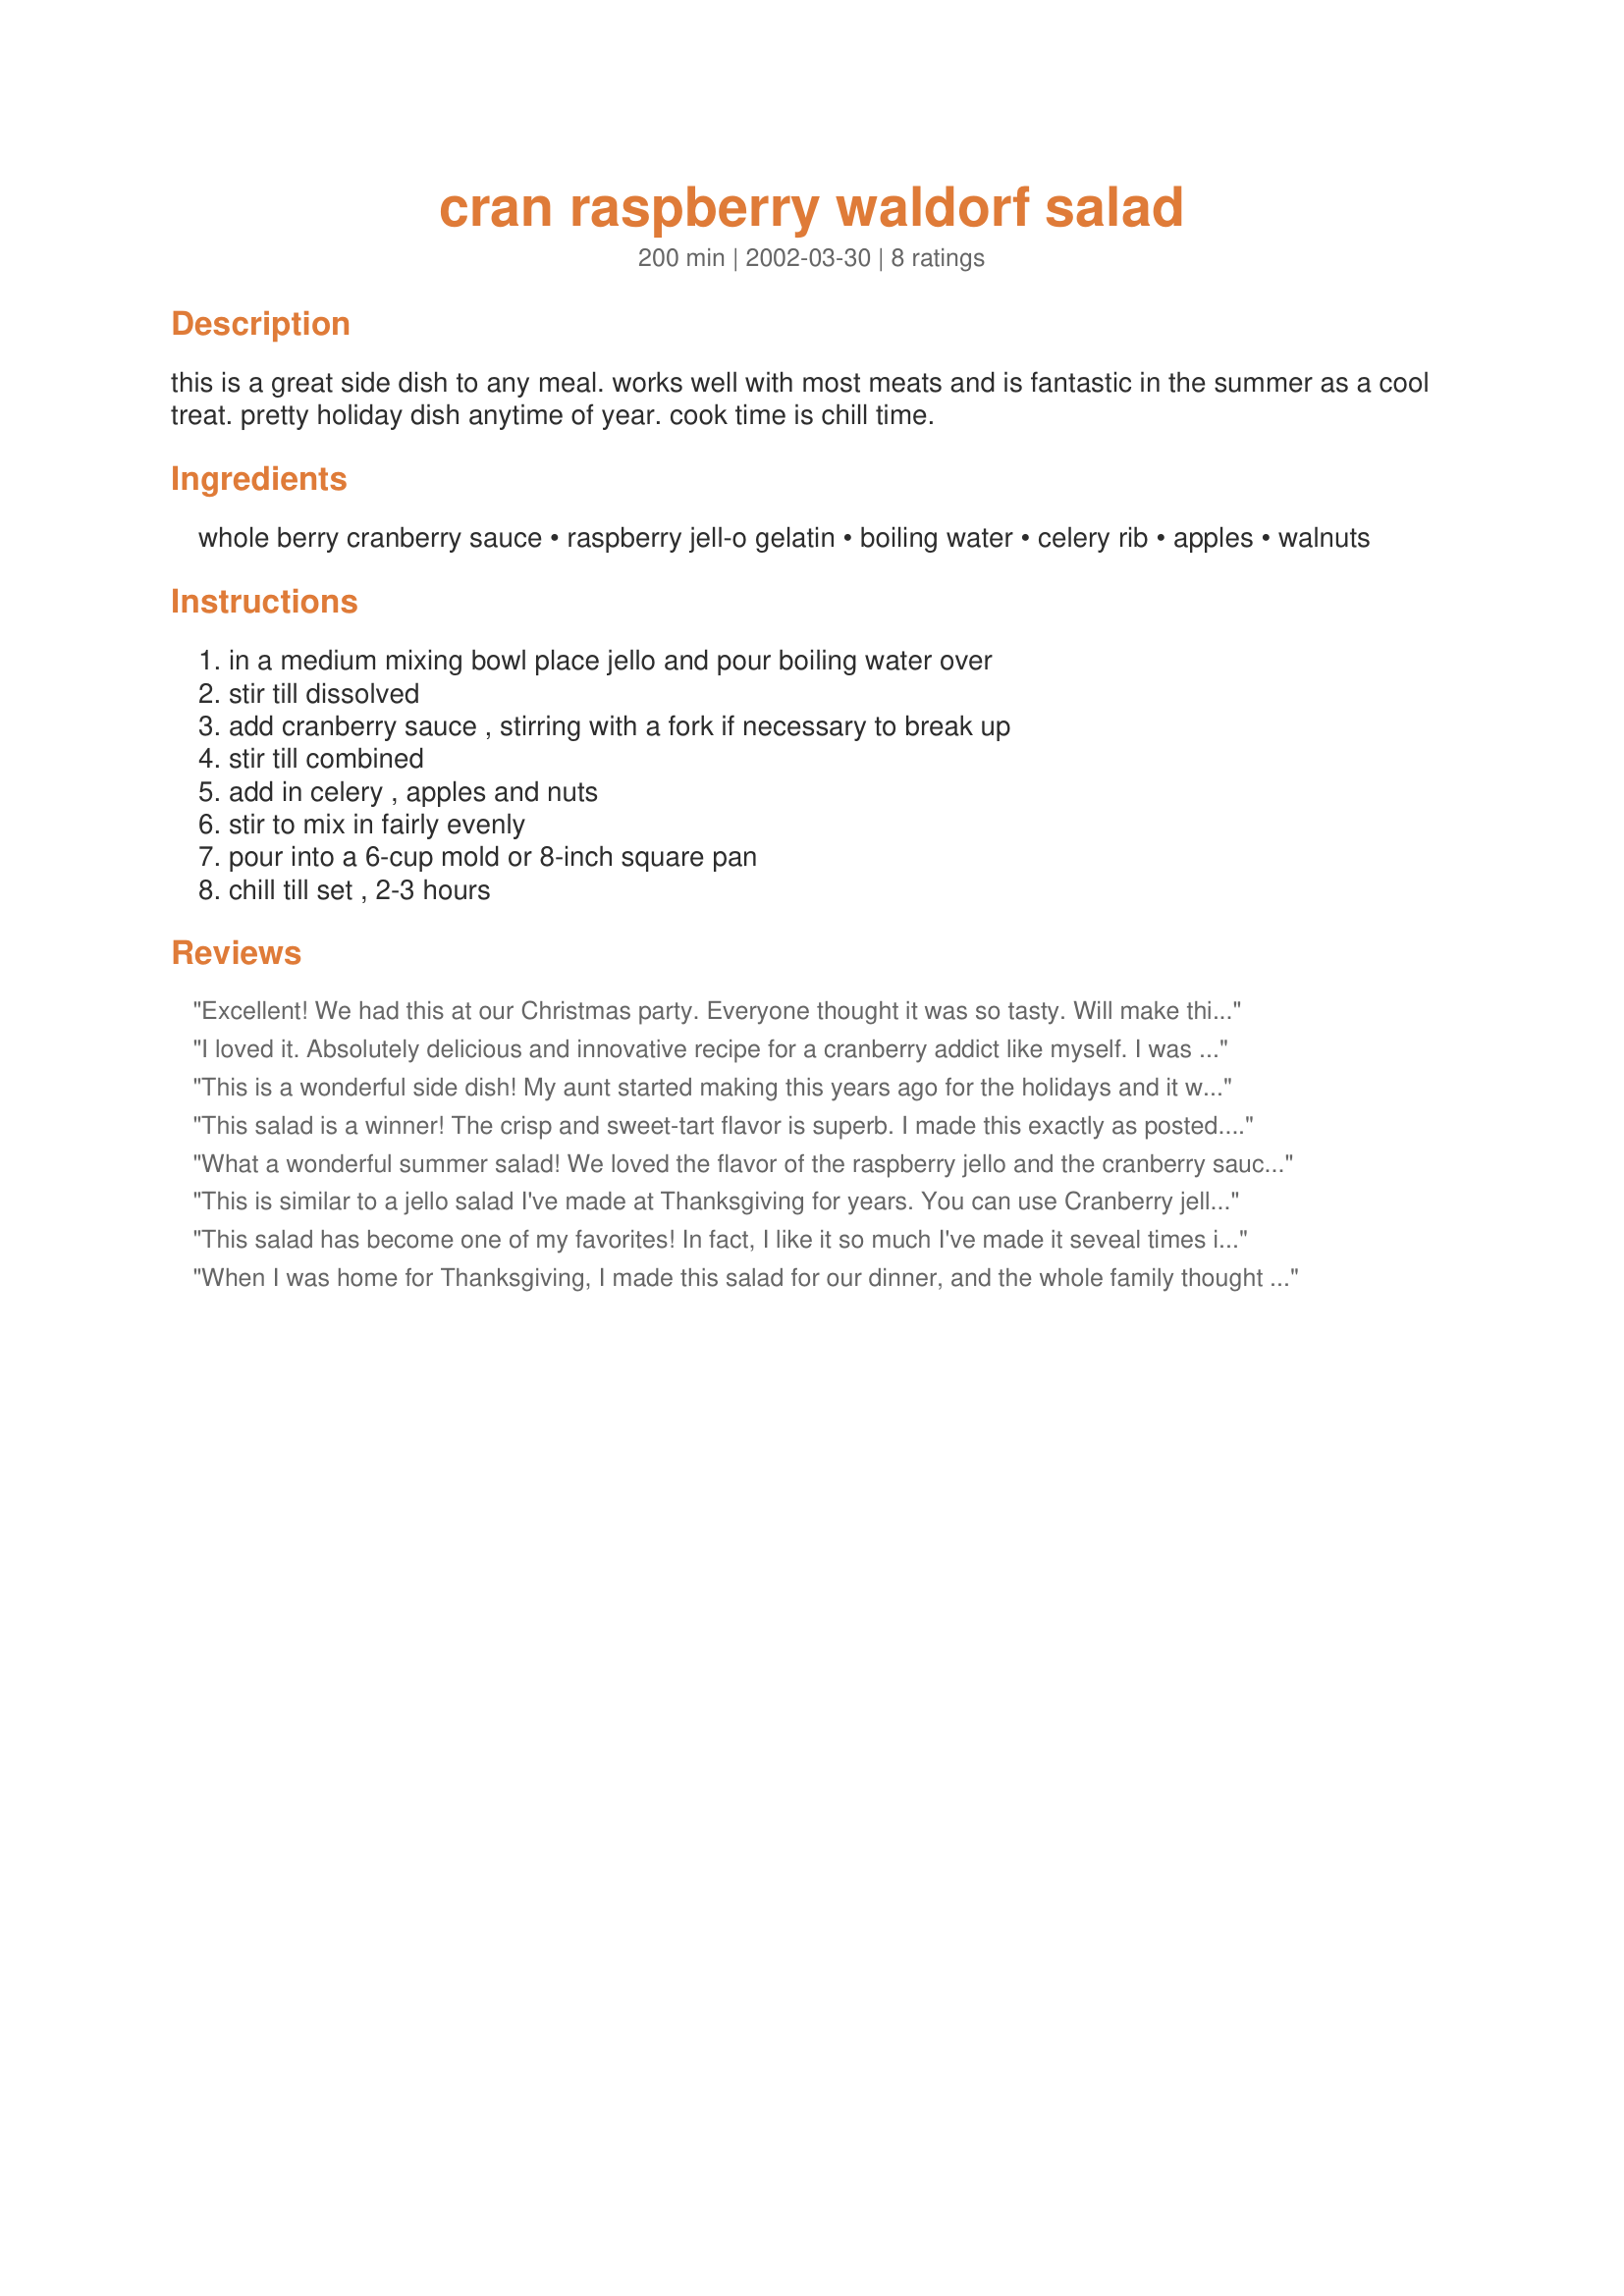
cran raspberry waldorf salad
Preparation time: 200 minutes

this is a great side dish to any meal. works well with most meats and is fantastic in the summer as a cool treat. pretty holiday dish anytime of year. cook time is chill time.

Ingredients:
whole berry cranberry sauce, raspberry jell-o gelatin, boiling water, celery rib, apples, walnuts

Steps:
in a medium mixing bowl place jello and pour boiling water over, stir till dissolved, add cranberry sauce , stirring with a fork if necessary to break up, stir till combined, add in celery , apples and nuts, stir to mix in fairly evenly, pour into a 6-cup mold or 8-inch square pan, chill till set , 2-3 hours

Reviews:
Excellent! We had this at our Christmas party. Everyone thought it was so tasty. Will make this again and again. Thanks for posting.
I loved it. Absolutely delicious and innovative recipe for a cranberry addict like myself. I was hesitant about the celery because I typically don't eat raw celery but the crunch factor is a nice texture. I used sour Granny Smiths for the apple which if I do say so myself was a good choice. The walnuts are essential to this recipe and unless you have a nut allergy you are missing out if you omit them. I can't remember enjoying cranberries this much in years. Great recipe, Ms. Bloomers.
This is a wonderful side dish! My aunt started making this years ago for the holidays and it was a permanent entry on the menu for Christmas and Thanksgiving. Our family wasn't crazy about the cranberry sauce that comes out of a can (the kind you cut into hockey puck-like slices). This salad was made as an alternative and it was always inhaled by everyone. It's pretty when it's prepared in a mold and I love the texture and the hint of tartness from the cranberries. Thank you so much for sharing this recipe!!
This salad is a winner! The crisp and sweet-tart flavor is superb. I made this exactly as posted. It went over a lot better than regular cranberry sauce. We decided to use this at our holiday dinners. Great recipe!
What a wonderful summer salad! We loved the flavor of the raspberry jello and the cranberry sauce. The apples, celery and walnuts gave it great texture and crunch. Very easy to prepare and it looked so pretty served on lettuce leaves. This will make a repeat performance in this household. Thanks so much Iron Bloomers, for sharing.

This is similar to a jello salad I've made at Thanksgiving for years. You can use Cranberry jello for a little change, plus I add a small can of well-drained pineapple tidbits and a good sized handful of sweetened dried cranberries. My family always loves it at the holidays. Thanks - KK
This salad has become one of my favorites! In fact, I like it so much I've made it seveal times in one month. I used 1 and 1/2 apples, peeled, and sliced, then cut into small (1/4-inch by 1/4-inch) cubes. I also used 1(8-ounce) can crushed pineapple, well-drained-pressing the pineapple on the side of the can and extracting as much juice as possible. I'm not a huge fan of jell-o salads that contain celery, so I omitted it. My family liked the smaller pieces of apple rather than the larger chunks-it made for a pretty presentation. I used an 8-inch by 8-inch square baking dish. This was an exceptional salad-thanks for sharing it.
When I was home for Thanksgiving, I made this salad for our dinner, and the whole family thought it was delicious, especially one grandson who is normally picky. I plan to make this salad again, soon, since it's too good just to serve over the holidays. Thank you, Iron Bloomers, for such a good recipe.
